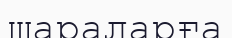
шараларға